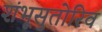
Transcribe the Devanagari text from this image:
शंभूसुतोरिव